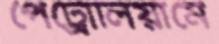
পেট্রোলিয়ামে